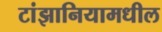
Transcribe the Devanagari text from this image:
टांझानियामधील